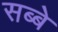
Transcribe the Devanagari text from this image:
सब्बे